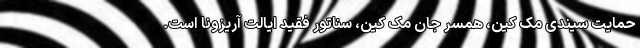
حمایت سیندی مک کین، همسر جان مک کین، سناتور فقید ایالت آریزونا است.